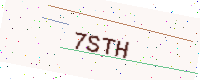
Text: 7STH